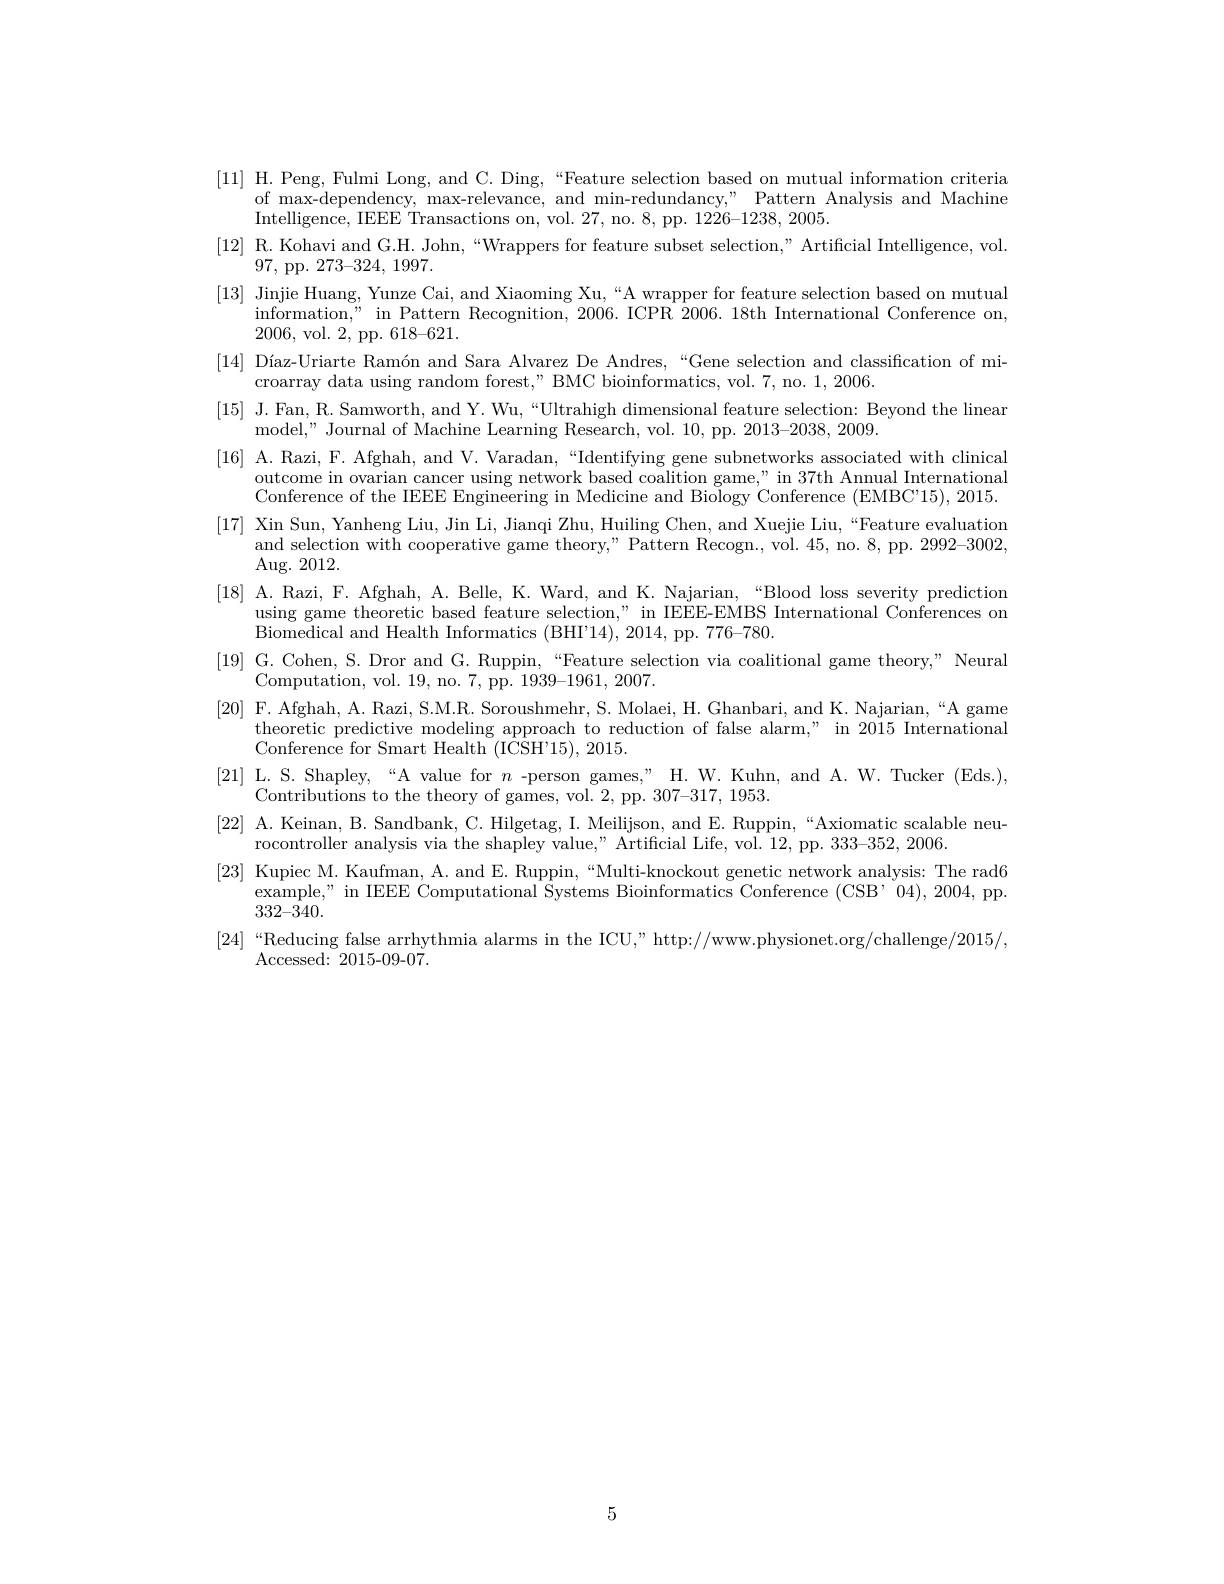
[11] H. Peng, Fulmi Long, and C. Ding,“Feature selection based on mutual information criteria
of max-dependency, max-relevance, and min-redundancy," Pattern Analysis and Machine
Intelligence, IEEE Transactions on, vol. 27, no. 8, pp. 1226-1238, 2005.
[12] R. Kohavi and G.H. John,“Wrappers for feature subset selection,”Artificial Intelligence, vol.
97, pp. 273-324,1997.
[13] Jinjie Huang, Yunze Cai, and Xiaoming Xu,“A wrapper for feature selection based on mutual
information," in Pattern Rec
2006, vol. 2, pp. $618–621.$
[14] Díaz-Uriarte Ramón an
croarray data using random forest," BMC bioinformatics, vol. 7, no. 1, 2006.
[15] J. Fan, R. Samworth, and Y. Wu,“Ultrahigh dimensional feature selection: Beyond the linear
model," Journal of Machine L
[16] A. Razi, F. Afghah, a
outcome in ovarian cancer using network based coalition game," in 37th Annual International Conference of the IEEE Engin
[17] Xin Sun, Yanheng Liu,
and selection with cooperati
$\operatorname{Aug.}2012.$
[18] A. Razi, F. Afghah, A
using game theoretic based f
Biomedical and Health Informatics (BHI'14),2014, pp. 776-780.
[19] G. Cohen, S. Dror and
Computation, vol. 19, no. 7, pp. 1939-1961, 2007.
[20] F. Afghah, A. Razi, S
theoretic predictive modeling approach to reduction of false alarm," in 2015 International
Conference for Smart Health
[21] L. S. Shapley,“A value for $n$ -person games,”H.W. Kuhn, and A. W. Tucker (Eds.),
Contributions to the theory
[22] A. Keinan, B. Sandban
rocontroller analysis via the shapley value," Artificial Life, vol. 12, pp. 333-352, 2006.
[23] Kupiec M. Kaufman, A. and E. Ruppin,“Multi-knockout genetic network analysis: The rad6
$\begin{array}{c}\mathrm{example,"~in~IEEE~Computational~Systems~Bioinformatics~Conference~(CSB'04),~2004,~pp.}\\\mathrm{example,~"~in~IEEE~Computational~Systems~Bioinformatics~Conference~(CSB'04),~2004,~pp.}\end{array}$
332-340.
[24]“Reducing false arrhythmia alarms in the ICU,”http://www.physionet.org/challenge/2015/,
Accessed: 2015-09-07.

5